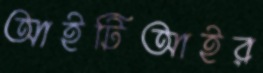
আইটিআইর